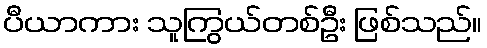
ပီယာကား သူကြွယ်တစ်ဦး ဖြစ်သည်။